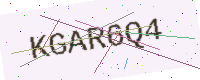
Text: KGAR6Q4